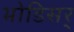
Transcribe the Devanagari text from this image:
भोडिसर्